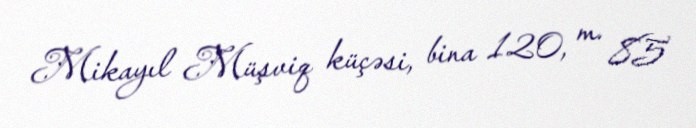
Mikayıl Müşviq küçəsi, bina 120, m. 85